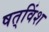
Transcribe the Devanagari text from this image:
षत्‌विंश